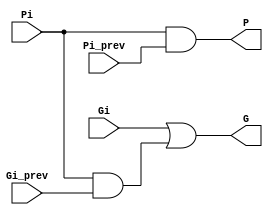
`timescale 1ns / 1ps
//////////////////////////////////////////////////////////////////////////////////
// Company: 
// Engineer: 
// 
// Design Name: 
// Module Name:    yellow_circle 
// Project Name: 
// Target Devices: 
// Tool versions: 
// Description: 
//
// Dependencies: 
//
// Revision: 
// Revision 0.01 - File Created
// Additional Comments: 
//
//////////////////////////////////////////////////////////////////////////////////
module GP_circle(
    input Pi,
    input Gi,
    input Pi_prev,
    input Gi_prev,
    output P,
    output G
    );

	wire w;
	
	and and_0 (P, Pi, Pi_prev);
	and and_1 (w, Pi, Gi_prev);
	or or_0 (G, Gi, w);

endmodule